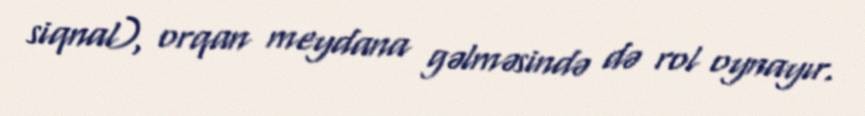
siqnal), orqan meydana gəlməsində də rol oynayır.